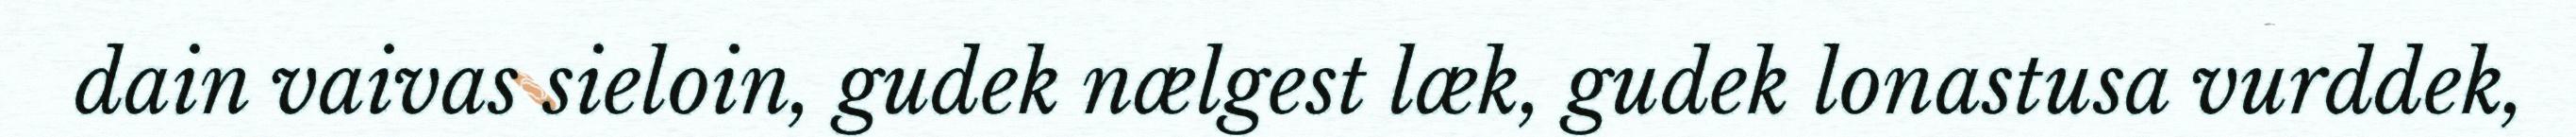
dain vaivas sieloin, gudek nælgest læk, gudek lonastusa vurddek,